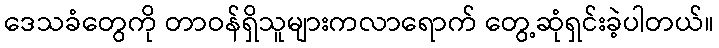
ဒေသခံတွေကို တာဝန်ရှိသူများကလာရောက် တွေ့ဆုံရှင်းခဲ့ပါတယ်။